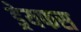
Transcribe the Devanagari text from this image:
ड्रेयफस